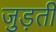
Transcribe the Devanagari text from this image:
जुड़तीं